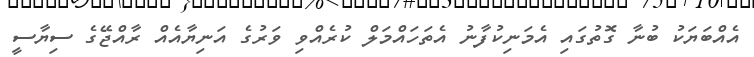
އެއްބަޔަކު ބުނާ ގޮތުގައި އެމަނިކުފާނު އެތަހައްމަލް ކުރެއްވި ވަރުގެ އަނިޔާއެއް ރާއްޖޭގެ ސިޔާސީ